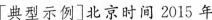
[典型示例]北京时间2015年